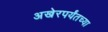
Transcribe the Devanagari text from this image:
अखेरपर्यंतच्या